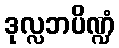
ဒုလ္လဘပိဏ္ဍံ